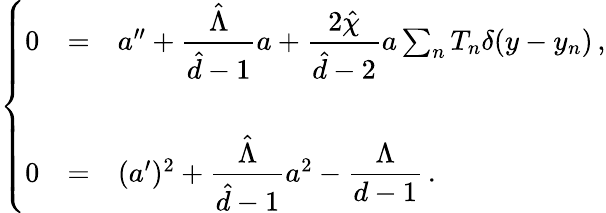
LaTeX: \left\{ \begin{array}{rcl}{{0}}&{{=}}&{{a^{\prime\prime}+{\displaystyle\frac{\hat{\Lambda}}{\hat{d}-1}}a+{\displaystyle\frac{2\hat{\chi}}{\hat{d}-2}}a\sum_{n}T_{n}\delta(y-y_{n})\, ,}}\\ {{}}&{{}}&{{}}\\ {{0}}&{{=}}&{{(a^{\prime})^{2}+{\displaystyle\frac{\hat{\Lambda}}{\hat{d}-1}}a^{2}-{\displaystyle\frac{\Lambda}{d-1}}\, .}}\end{array}\right.